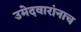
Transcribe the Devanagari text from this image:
उमेदवारांनाच